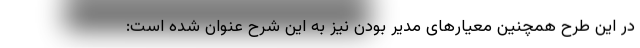
در این طرح همچنین معیارهای مدیر بودن نیز به این شرح عنوان شده است: